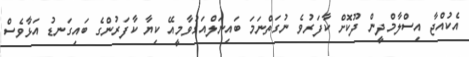
އެކުއްޖާ އިސްލާމްދީން ދޫކޮށް ކާފަރުވެ ނުގަތްނަމަ ބައިނަލްއަގުވާމީއޭ ކިޔާ ކާފަރުންގެ ބައިގަނޑު އަޅާވެސް